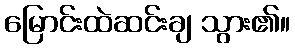
မြောင်းထဲဆင်းချ သွား၏။